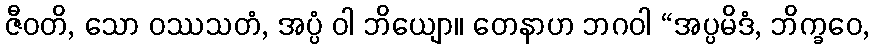
ဇီဝတိ, သော ဝဿသတံ, အပ္ပံ ဝါ ဘိယျော။ တေနာဟ ဘဂဝါ “အပ္ပမိဒံ, ဘိက္ခဝေ,